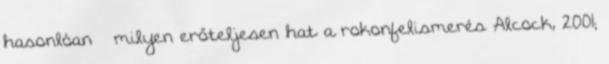
hasonlóan – milyen erőteljesen hat a rokonfelismerés Alcock, 2001;